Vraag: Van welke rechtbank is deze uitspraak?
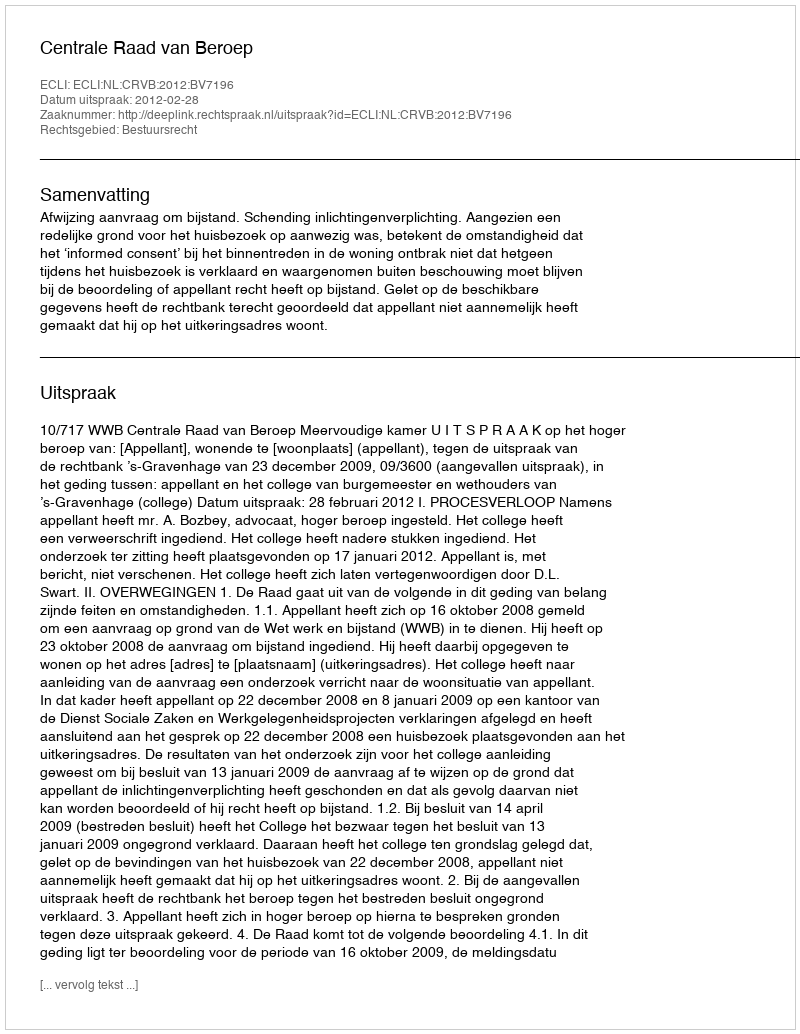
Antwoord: Centrale Raad van Beroep